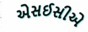
એસઈસીએ